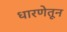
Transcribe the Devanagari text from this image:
धारणेतून